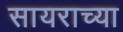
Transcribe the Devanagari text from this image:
सायराच्या